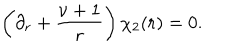
\left( \partial _ { r } + \frac { \nu + 1 } { r } \right) \chi _ { 2 } ( r ) = 0 .